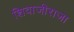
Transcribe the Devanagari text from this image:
शिवाजीराजा